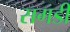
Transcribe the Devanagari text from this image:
सगडी